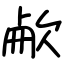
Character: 欳